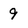
Character: 9